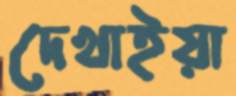
দেখাইয়া